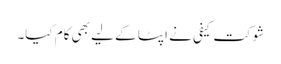
شوکت کیفی نے اپٹا کے لیے بھی کام کیا۔